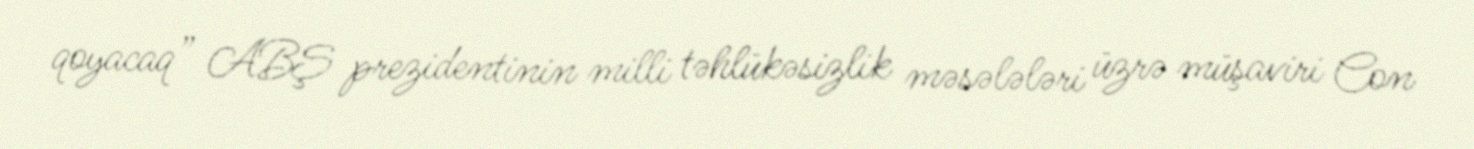
qoyacaq” ABŞ prezidentinin milli təhlükəsizlik məsələləri üzrə müşaviri Con